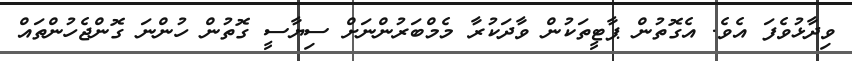
ވިދާޅުވެފަ އެވެ. އެގޮތުން ޕާޓީތަކުން ވާދަކުރާ މެމްބަރުންނަށް ސިޔާސީ ގޮތުން ހުންނަ ގޮންޖެހުންތައް